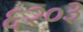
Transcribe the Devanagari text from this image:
६२०३